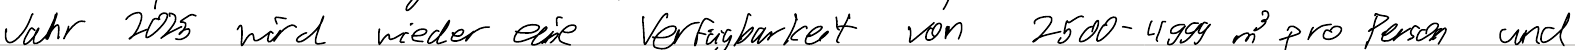
Jahr 2025 wird wieder eine Verfügbarkeit von 2500-4999 m^3 pro Person und